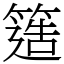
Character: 簉